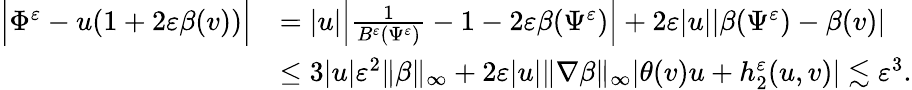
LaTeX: \begin{array}{rl}{\Big|\Phi^{\varepsilon}-u(1+2\varepsilon\beta(v))\Big|}&{=|u|\Big|\frac{1}{B^{\varepsilon}(\Psi^{\varepsilon})}-1-2\varepsilon\beta(\Psi^{\varepsilon})\Big|+2\varepsilon|u||\beta(\Psi^{\varepsilon})-\beta(v)|}\\ &{\leq 3|u|\varepsilon^{2}\| \beta\| _{\infty}+2\varepsilon|u|\| \nabla\beta\| _{\infty}|\theta(v)u+h_{2}^{\varepsilon}(u,v)|\lesssim\varepsilon^{3}.}\end{array}